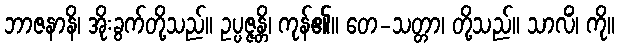
ဘာဇနာနိ၊ အိုးခွက်တို့သည်။ ဥပ္ပဇ္ဇန္တိ၊ ကုန်၏။ တေ-သတ္တာ၊ တို့သည်။ သာလိံ၊ ကို။